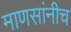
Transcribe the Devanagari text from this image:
माणसांनीच